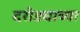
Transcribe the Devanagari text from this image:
दरोड्याच्या